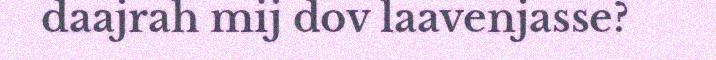
daajrah mij dov laavenjasse?